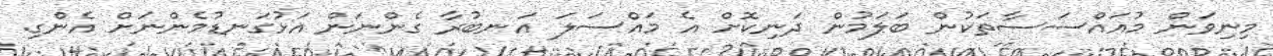
މިނިވަން މުއައްސަސާތަކުން ބަލަމުން ދަނިކޮށް އެ މައްސަލަ އަނބުރާ ގެންނަން އަޅުގަނޑުމެންނަށް އެންގި.